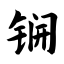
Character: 锎